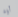
أوه